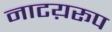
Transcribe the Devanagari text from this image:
नाटय़रूप